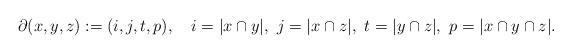
LaTeX: \begin{align*}\partial(x,y,z):=(i,j,t,p),\ \ \ i=|x\cap y|,\ j=|x\cap z|,\ t=|y\cap z|,\ p=|x\cap y\cap z|.\end{align*}